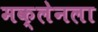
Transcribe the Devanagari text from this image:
मक्लेनला